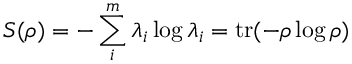
S ( \rho ) = - \sum _ { i } ^ { m } \lambda _ { i } \log \lambda _ { i } = \operatorname { t r } ( - \rho \log \rho )